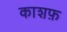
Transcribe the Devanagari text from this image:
काशफ़